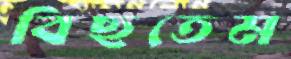
বিছতেম